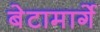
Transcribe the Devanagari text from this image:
बेटामार्गे